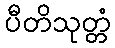
ပီတိသုတ္တံ